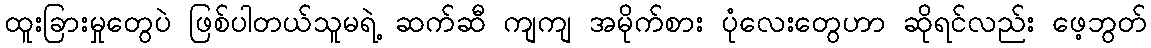
ထူးခြားမှုတွေပဲ ဖြစ်ပါတယ်သူမရဲ့ ဆက်ဆီ ကျကျ အမိုက်စား ပုံလေးတွေဟာ ဆိုရင်လည်း ဖေ့ဘွတ်